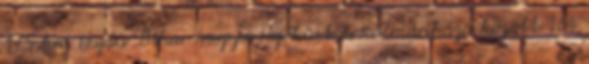
175 km Hajdú-Bihar megyei Hejőkürt és Kálmánháza között 164